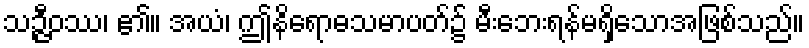
သဉ္ဇီဝဿ၊ ၏။ အယံ၊ ဤနိရောဓသမာပတ်၌ မီးဘေးရန်မရှိသောအဖြစ်သည်။